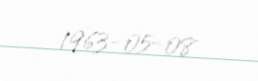
1963-05-08